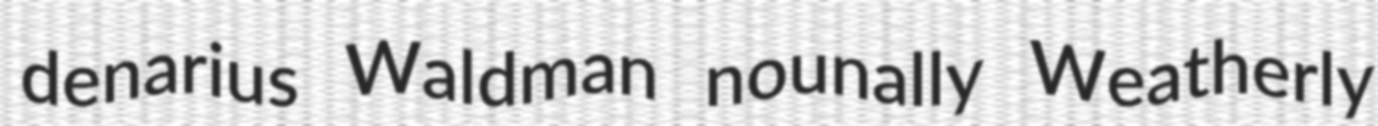
denarius Waldman nounally Weatherly